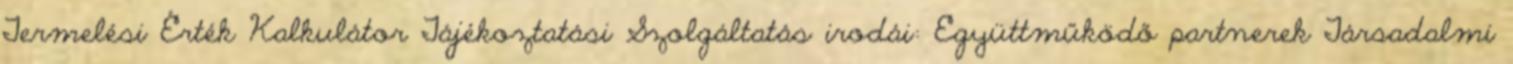
Termelési Érték Kalkulátor Tájékoztatási Szolgáltatás irodái: Együttműködő partnerek Társadalmi